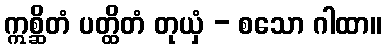
ဣစ္ဆိတံ ပတ္ထိတံ တုယှံ - စသော ဂါထာ။